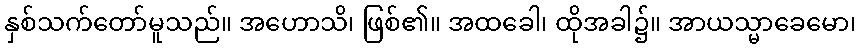
နှစ်သက်တော်မူသည်။ အဟောသိ၊ ဖြစ်၏။ အထခေါ၊ ထိုအခါ၌။ အာယသ္မာခေမော၊